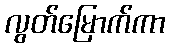
လွတ်မြောက်ကာ